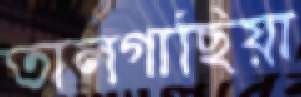
তালগাছিয়া